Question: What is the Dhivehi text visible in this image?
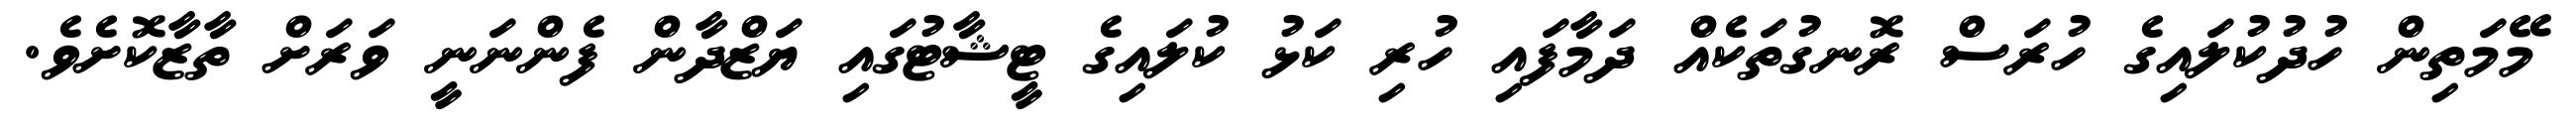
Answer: މޭމަތިން ހުދުކުލައިގެ ހުރަސް ރޮނގުތަކެއް ދަމާފައި ހުރި ކަޅު ކުލައިގެ ޓީޝާޓުގައި ޔަޒްދާން ފެންނަނީ ވަރަށް ތާޒާކޮށެވެ.